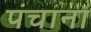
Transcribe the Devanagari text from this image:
पंचाना